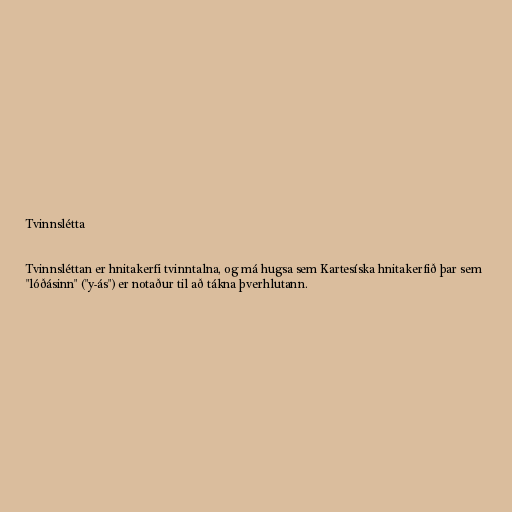
Tvinnslétta

Tvinnsléttan er hnitakerfi tvinntalna, og má hugsa sem Kartesíska hnitakerfið þar sem
"lóðásinn" ("y-ás") er notaður til að tákna þverhlutann.